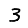
Digit: 3